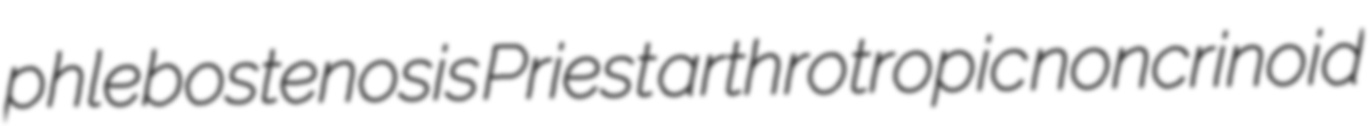
phlebostenosis Priest arthrotropic noncrinoid